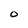
Character: 0